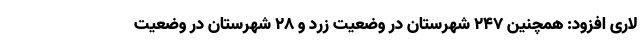
لاری افزود: همچنین ۲۴۷ شهرستان در وضعیت زرد و ۲۸ شهرستان در وضعیت